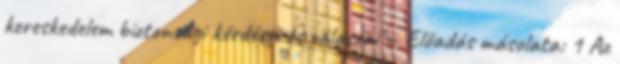
kereskedelem biztonsági kérdései és válaszai"— Előadás másolata: 1 Az